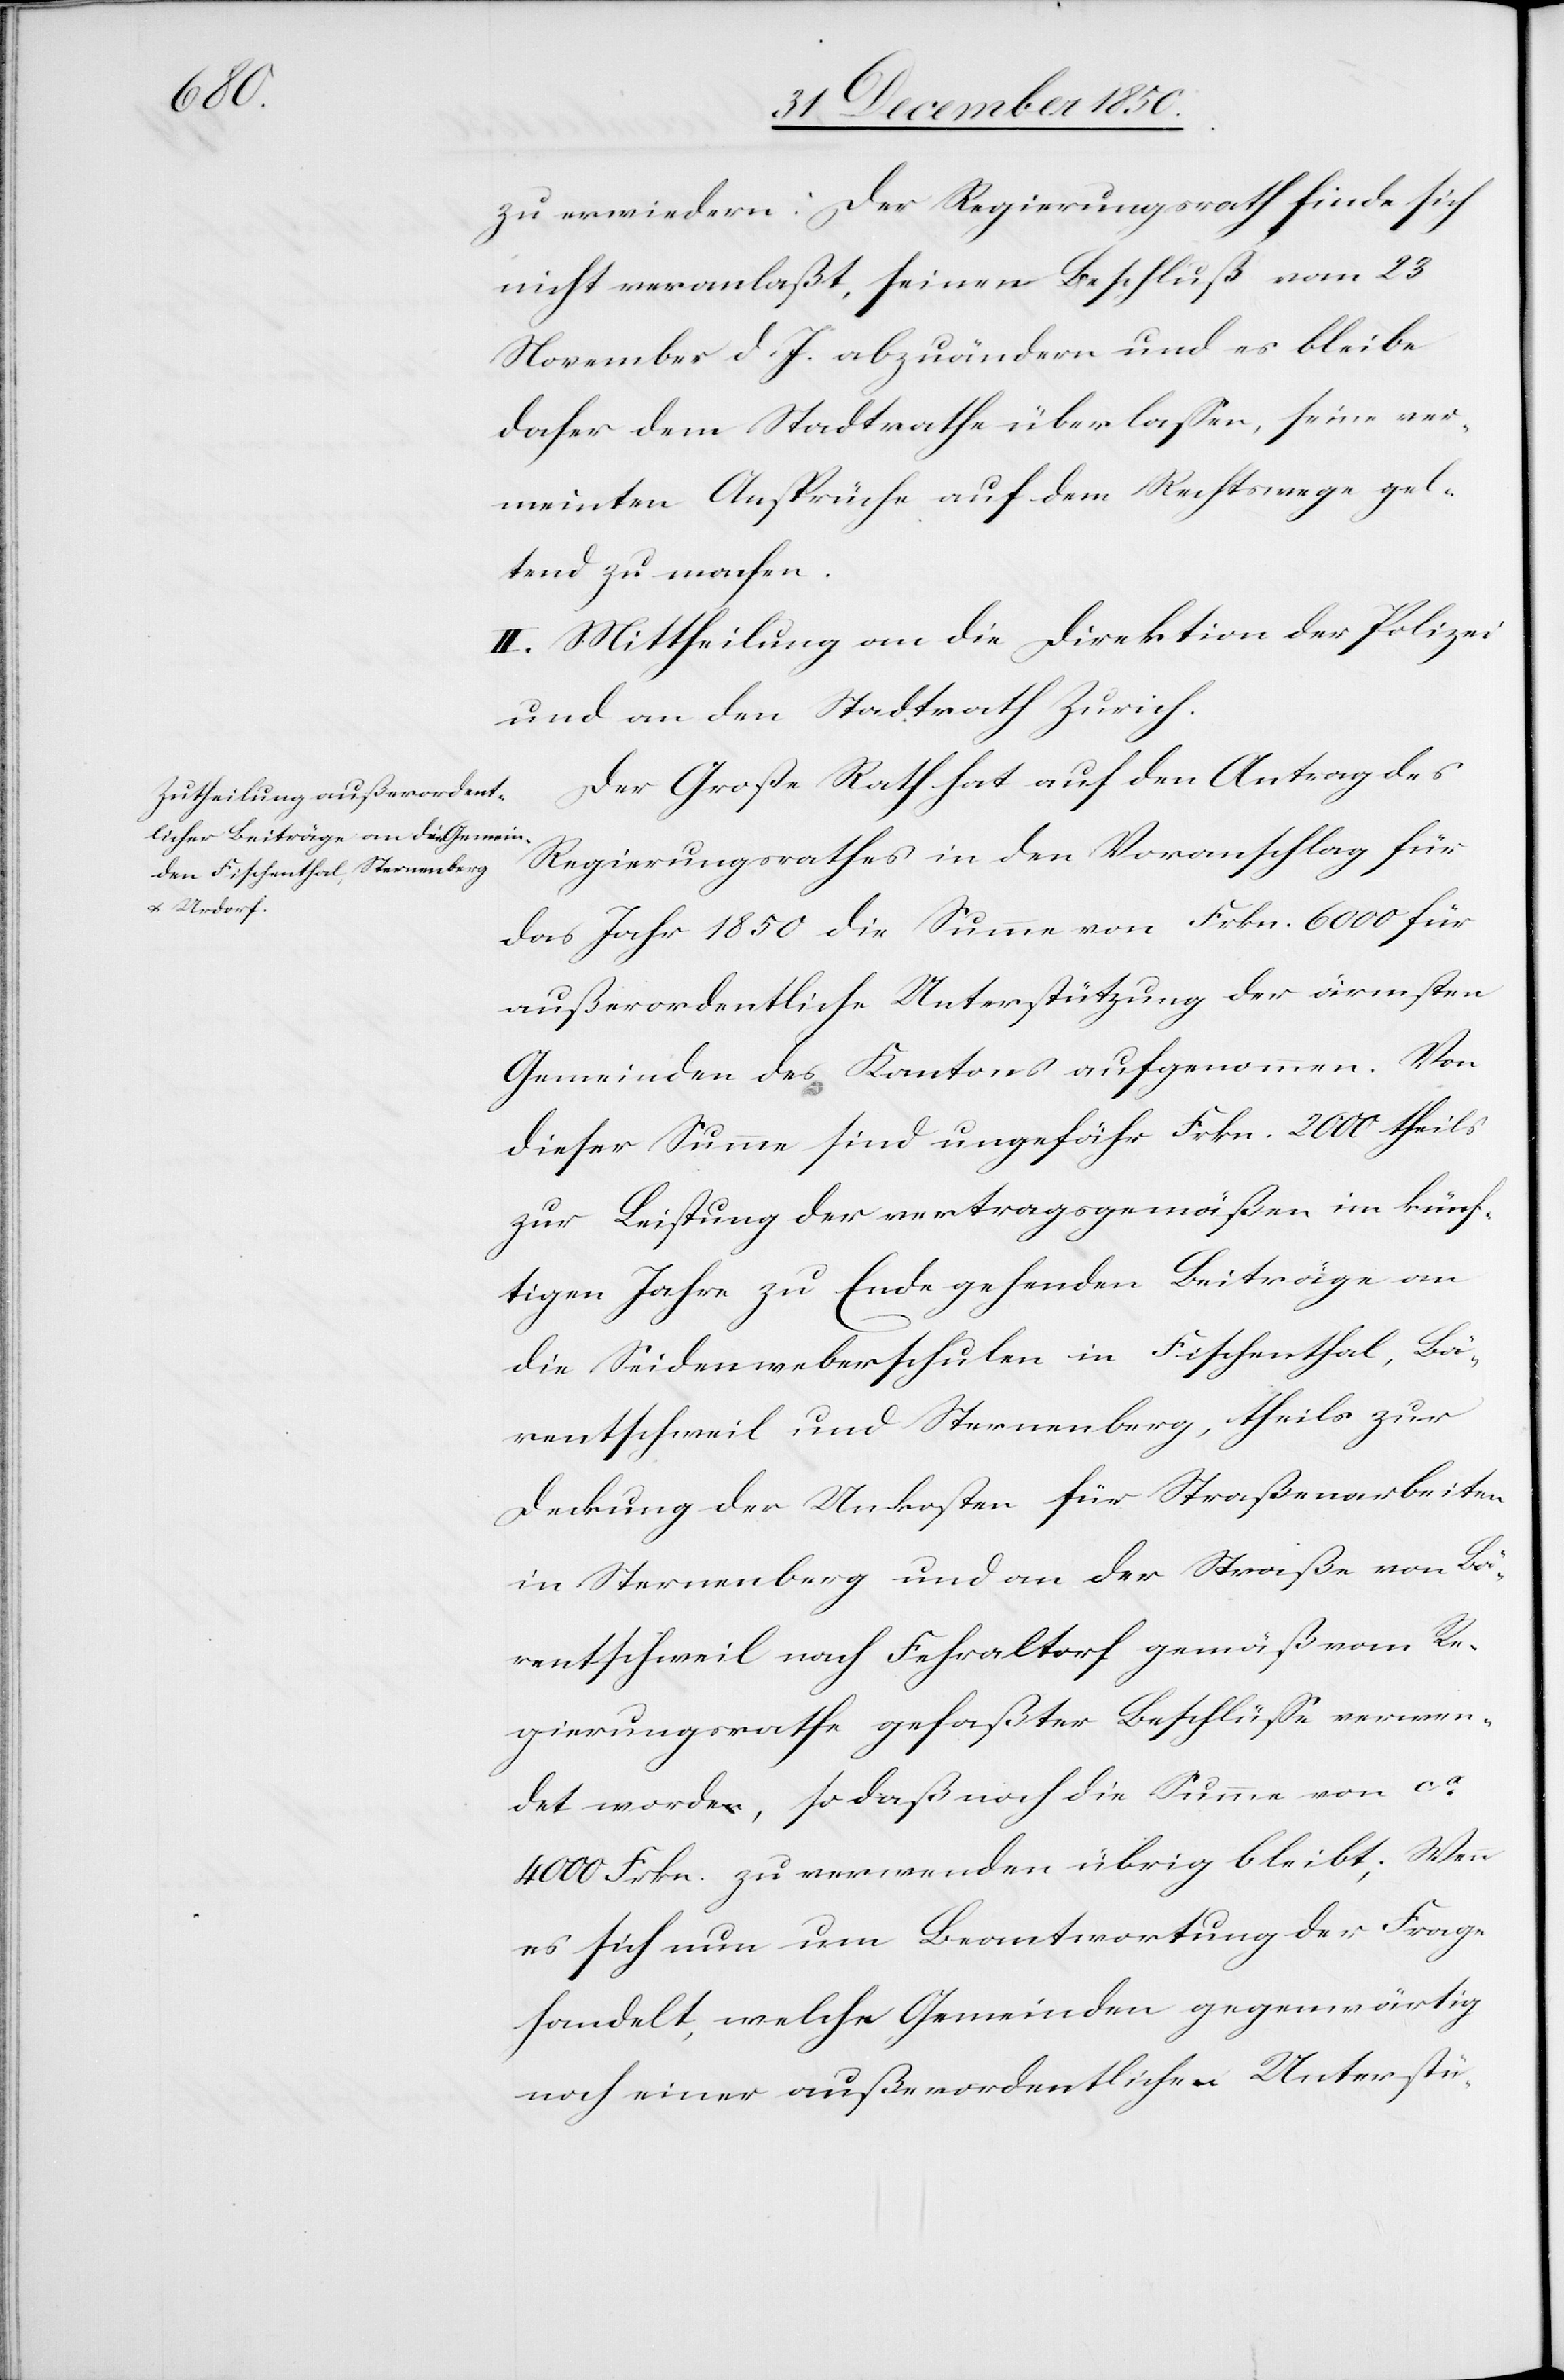
zu erwiedern: Der Regierungsrath finde sich
nicht veranlaßt, seinen Beschluß vom 23
November d. J. abzuändern und es bleibe
daher dem Stadtrathe überlassen, seine ver¬
meinten Ansprüche auf dem Rechtswege gel¬
tend zu machen.
II. Mittheilung an die Direktion der Polizei
und an den Stadtrath Zürich.
Der Große Rath hat auf den Antrag des
Regierungsrathes in den Voranschlag für
das Jahr 1850 die Summe von Frkn. 6000 für
außerordentliche Unterstützung der ärmsten
Gemeinden des Kantons aufgenommen. Von
dieser Summe sind ungefähr Frkn. 2000 theils
zur Leistung der vertragsgemäßen im künf¬
tigen Jahre zu Ende gehenden Beiträge an
die Seidenweberschulen in Fischenthal, Bä¬
rentschweil und Sternenberg, theils zur
Deckung der Unkosten für Straßenarbeiten
in Sternenberg und an der Straße von Bä¬
rentschweil nach Fehraltorf gemäß vom Re¬
gierungsrathe gefaßter Beschlüsse verwen¬
det worden, so daß noch die Summe von ca
4000 Frkn. zu verwenden übrig bleibt; Wenn
es sich nun um Beantwortung der Frage
handelt, welche Gemeinden gegenwärtig
noch einer außerordentlichen Unterstü-